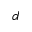
d